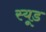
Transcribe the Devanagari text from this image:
स्‍यूड